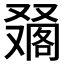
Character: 𠮀